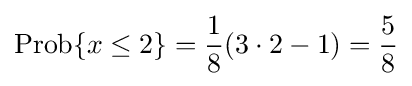
\operatorname {Prob} \{x\leq 2\}={\frac {1}{8}}(3\cdot 2-1)={\frac {5}{8}}